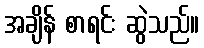
အချိန် စာရင်း ဆွဲသည်။